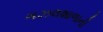
ગઝલશાળાની